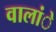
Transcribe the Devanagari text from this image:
वालांे